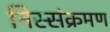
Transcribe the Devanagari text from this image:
निस्संक्रमण